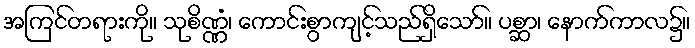
အကြင်တရားကို။ သုစိဏ္ဏံ၊ ကောင်းစွာကျင့်သည်ရှိသော်။ ပစ္ဆာ၊ နောက်ကာလ၌။